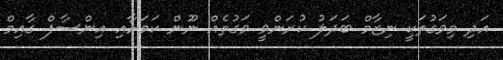
އަދި މިވަގުތަކީ ނިޒާމް ބަދަލު ކުރަންވީ ވަގުތެއް ނޫން ކަމަށާއި އިންސާފް ގާއިމް